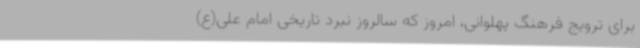
برای ترویج فرهنگ پهلوانی، امروز که سالروز نبرد تاریخی امام علی(ع)